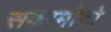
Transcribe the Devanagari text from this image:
सकामोटो